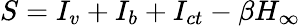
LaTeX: S=I_{v}+I_{b}+I_{ct}-\beta H_{\infty}